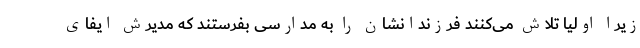
زیرا اولیا تلاش می‌کنند فرزندانشان را به مدارسی بفرستند که مدیرش ایفای